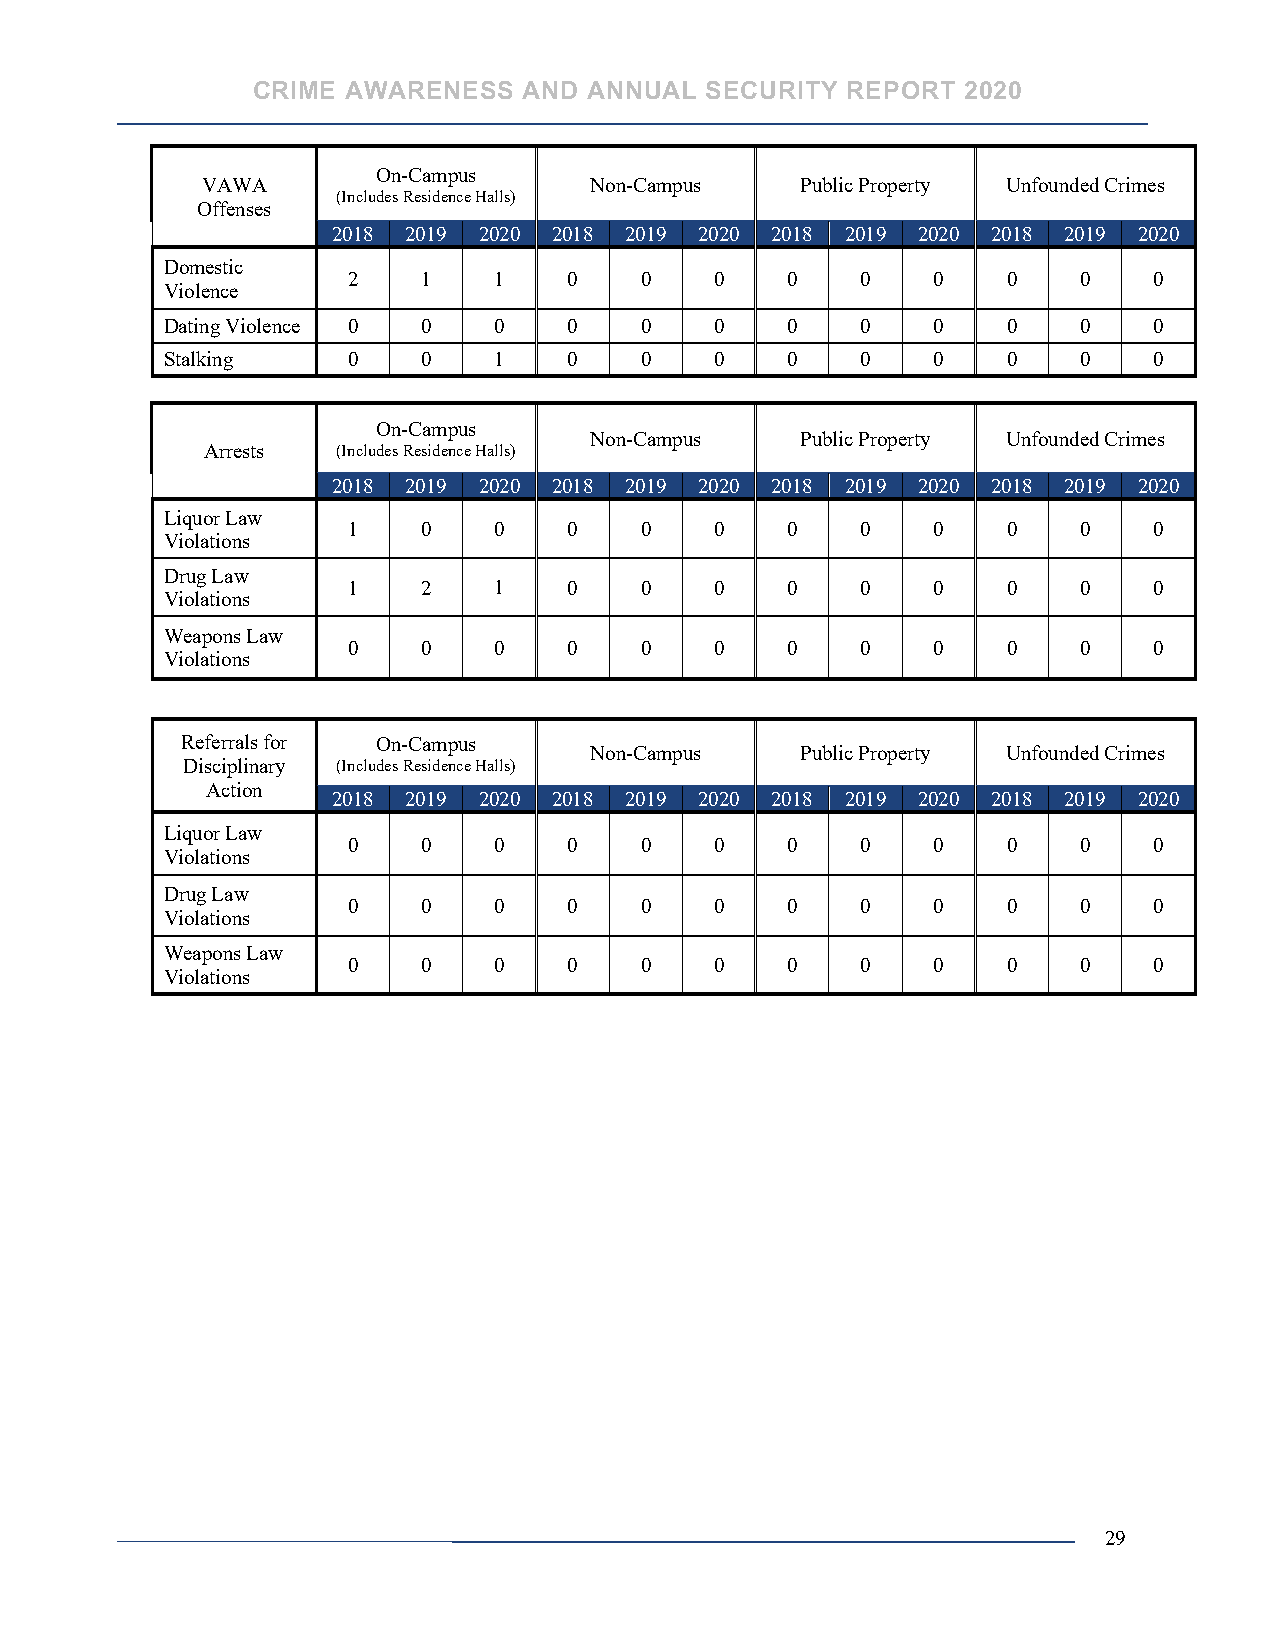
CRIME AWARENESS   AND ANNUAL  SECURITY REPORT  2020
 On-Campus
 VAWA                      Non-Campus    Public Property Unfounded Crimes
 (Includes Residence Halls)
 Offenses
 2018 2019 2020 2018 2019 2020 2018 2019 2020 2018 2019 2020
 Domestic
 2    1    1    0   0    0    0    0    0    0   0    0
 Violence
 Dating Violence 0 0   0    0   0    0    0    0    0    0   0    0
 Stalking    0    0    1    0   0    0    0    0    0    0   0    0
 On-Campus
 Non-Campus    Public Property Unfounded Crimes
 Arrests (Includes Residence Halls)
 2018 2019 2020 2018 2019 2020 2018 2019 2020 2018 2019 2020
 Liquor Law
 1    0    0    0   0    0    0    0    0    0   0    0
 Violations
 Drug Law
 1    2    1    0   0    0    0    0    0    0   0    0
 Violations
 Weapons Law
 0    0    0    0   0    0    0    0    0    0   0    0
 Violations
 Referrals for On-Campus
 Non-Campus    Public Property Unfounded Crimes
 Disciplinary (Includes Residence Halls)
 Action
 2018 2019 2020 2018 2019 2020 2018 2019 2020 2018 2019 2020
 Liquor Law
 0    0    0    0   0    0    0    0    0    0   0    0
 Violations
 Drug Law
 0    0    0    0   0    0    0    0    0    0   0    0
 Violations
 Weapons Law
 0    0    0    0   0    0    0    0    0    0   0    0
 Violations
 29